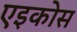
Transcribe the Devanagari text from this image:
एइकोस